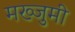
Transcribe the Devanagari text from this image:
मख्जुमी